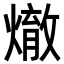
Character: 𪹲